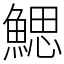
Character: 鰓